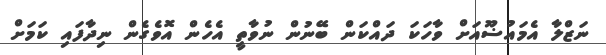
ނަޒްލާ އެމައުޟޫއަށް ވާހަކަ ދައްކަން ބޭނުން ނުވާތީ އެހެން އޮވެގެން ނިދާފައި ކަމަށް